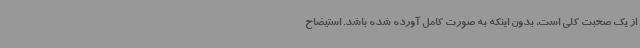
از یک صحبت کلی است، بدون اینکه به صورت کامل آورده شده باشد. استیضاح